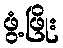
ဖွံ့ဖြိုး